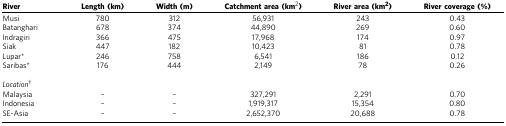
<table><thead><tr><td><b>River</b></td><td><b>Length (km)</b></td><td><b>Width (m)</b></td><td><b>Catchment area (km<sup>2</sup>)</b></td><td><b>River area (km<sup>2</sup>)</b></td><td><b>River coverage (%)</b></td></tr></thead><tbody><tr><td>Musi</td><td>780</td><td>312</td><td>56,931</td><td>243</td><td>0.43</td></tr><tr><td>Batanghari</td><td>678</td><td>374</td><td>44,890</td><td>269</td><td>0.60</td></tr><tr><td>Indragiri</td><td>366</td><td>475</td><td>17,968</td><td>174</td><td>0.97</td></tr><tr><td>Siak</td><td>447</td><td>182</td><td>10,423</td><td>81</td><td>0.78</td></tr><tr><td>Lupar*</td><td>246</td><td>758</td><td>6,541</td><td>186</td><td>0.12</td></tr><tr><td>Saribas*</td><td>176</td><td>444</td><td>2,149</td><td>78</td><td>0.26</td></tr><tr><td> </td><td> </td><td> </td><td> </td><td> </td><td> </td></tr><tr><td><i>Location</i>†</td><td> </td><td> </td><td> </td><td> </td><td> </td></tr><tr><td>Malaysia</td><td>–</td><td>–</td><td>327,291</td><td>2,291</td><td>0.70</td></tr><tr><td>Indonesia</td><td>–</td><td>–</td><td>1,919,317</td><td>15,354</td><td>0.80</td></tr><tr><td>SE-Asia</td><td>–</td><td>–</td><td>2,652,370</td><td>20,688</td><td>0.78</td></tr></tbody></table>